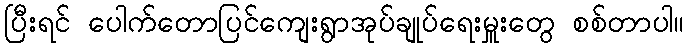
ပြီးရင် ပေါက်တောပြင်ကျေးရွာအုပ်ချုပ်ရေးမှူးတွေ စစ်တာပါ။